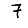
Digit: 7